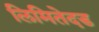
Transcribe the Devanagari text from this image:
लिमितेदड